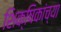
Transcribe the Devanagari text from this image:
शिक्षिकांच्या